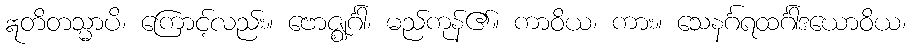
ဣတိတသ္မာပိ၊ ကြောင့်လည်း။ ဗောဇ္ဈင်္ဂါ၊ မည်ကုန်၏။ ကာဝိယ၊ ကား။ သေနင်္ဂရထင်္ဂါဒယောဝိယ၊